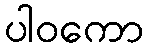
ပါဝကော